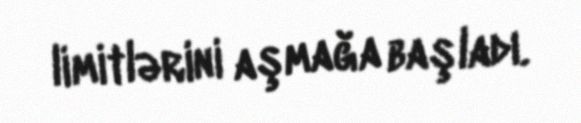
limitlərini aşmağa başladı.